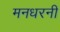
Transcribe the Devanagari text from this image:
मनधरनी